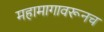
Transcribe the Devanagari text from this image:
महामागावरूनच